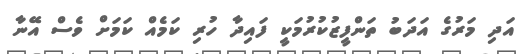
އަދި މަރުގެ އަދަބު ތަންފީޒުކުރުމަކީ ފައިދާ ހުރި ކަމެއް ކަމަށް ވެސް އޭނާ